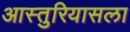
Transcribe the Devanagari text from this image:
आस्तुरियासला